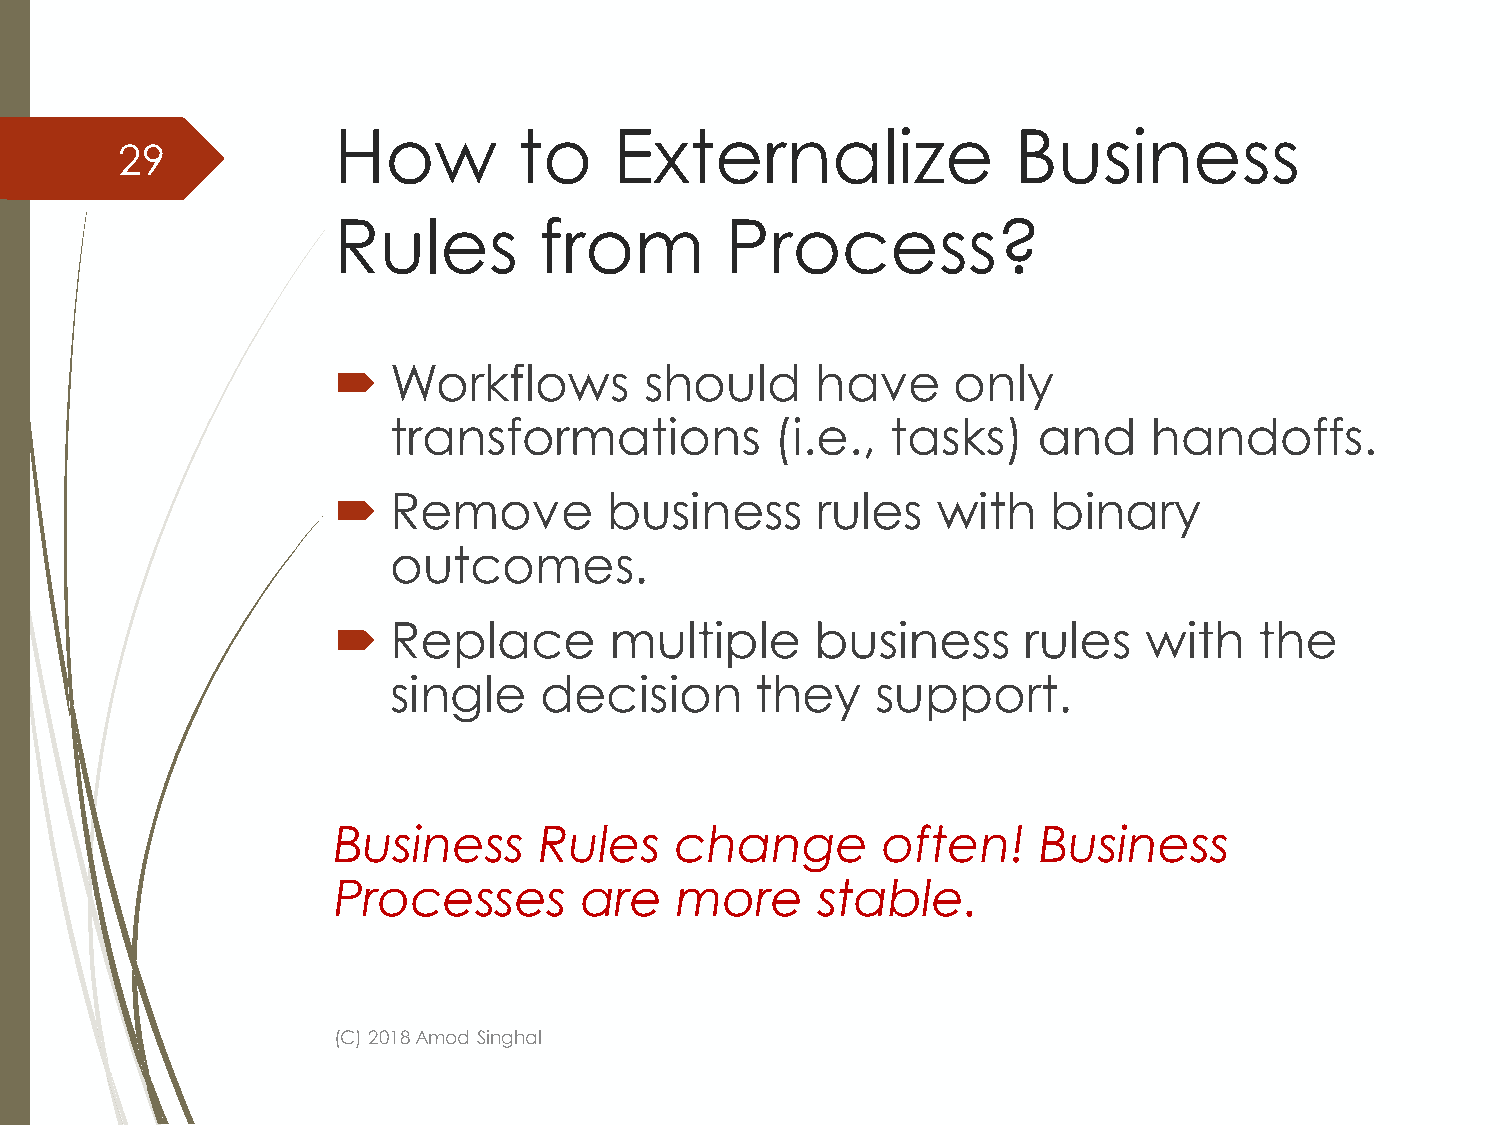
How         to     Externalize               Business
 29
 Rules         from        Process?
    Workflows        should     have     only
 transformations          (i.e.,  tasks)    and    handoffs.
    Remove        business      rules   with    binary
 outcomes.
    Replace       multiple      business      rules   with   the
 single    decision      they    support.
 Business      Rules    change       often!     Business
 Processes       are    more     stable.
 (C) 2018 Amod Singhal